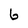
Character: 6